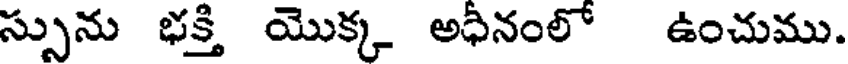
స్సును భక్తి యొక్క అధీనంలో ఉంచుము.